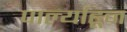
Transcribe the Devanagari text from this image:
पार्ल्याहून